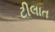
ટીલાત